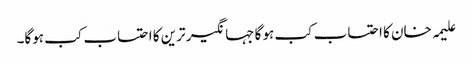
علیمہ خان کا احتساب کب ہو گا جہانگیر ترین کا احتساب کب ہوگا۔